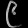
Digit: ၉